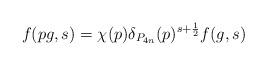
LaTeX: \begin{align*} f(pg, s) = \chi(p) \delta_{P_{4n}}(p)^{s + \frac12} f(g,s)\end{align*}